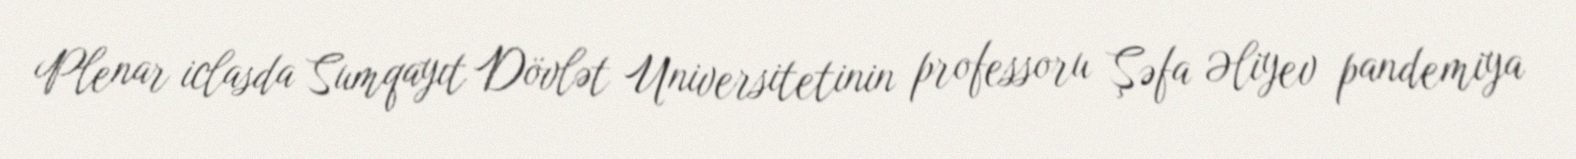
Plenar iclasda Sumqayıt Dövlət Universitetinin professoru Şəfa Əliyev pandemiya